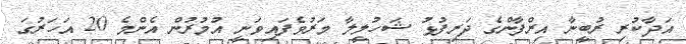
އަދާކުރި ރުބީނާ އިރްފާންގެ ދަރިފުޅު ޝަހުލީލާ މަރުވެފައިވަނީ އުމުރުން އެންމެ 20 އަހަރުގަ